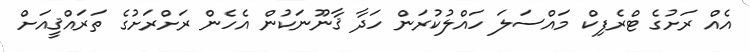
އެއް ރަށުގެ ޓްރެފިކް މައްސަލަ ހައްލުކުރަން ހަދާ ޤާނޫނަކުން އެހެން ރަށްރަށުގެ ތަރައްޤީއަށް